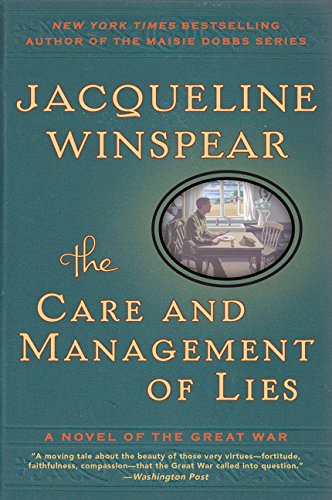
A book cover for The Care and Management of Lies: A Novel of the Great War (P.S.); Jacqueline Winspear; Romance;